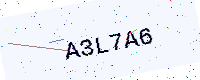
Text: A3L7A6